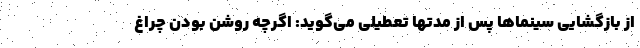
از بازگشایی سینماها پس از مدتها تعطیلی می‌گوید: اگرچه روشن بودن چراغ